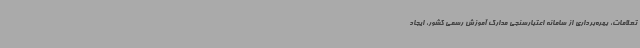
تعلامات، بهره‌برداری از سامانه اعتبارسنجی مدارک آموزش رسمی کشور، ایجاد